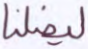
ليضلنا